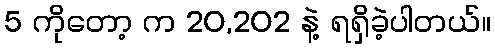
5 ကိုတော့ က 20,202 နဲ့ ရရှိခဲ့ပါတယ်။